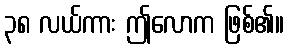
၃၈ လယ်ကား ဤလောက ဖြစ်၏။